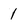
Character: 1